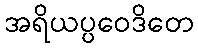
အရိယပ္ပဝေဒိတေ